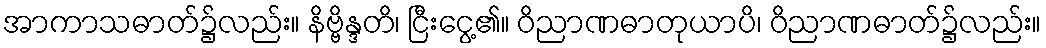
အာကာသဓာတ်၌လည်း။ နိဗ္ဗိန္ဒတိ၊ ငြီးငွေ့၏။ ဝိညာဏဓာတုယာပိ၊ ဝိညာဏဓာတ်၌လည်း။